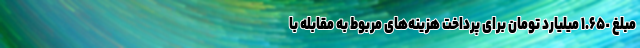
مبلغ ١.۶۵٠ میلیارد تومان برای پرداخت هزینه‌های مربوط به مقابله با